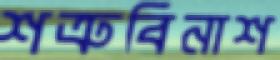
শত্রুবিনাশ